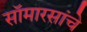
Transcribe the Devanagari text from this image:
सॉमारसांचे